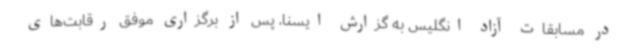
در مسابقات آزاد انگلیس به گزارش ایسنا، پس از برگزاری موفق رقابت‌های